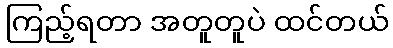
ကြည့်ရတာ အတူတူပဲ ထင်တယ်